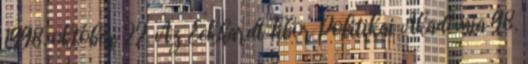
1998. október 22. Az Eckhardt Tibor Politikai Akadémia 98.